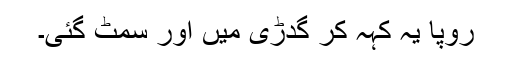
رُوپا یہ کہہ کر گدڑی میں اور سمٹ گئی۔